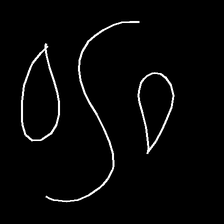
Glyph: water